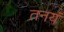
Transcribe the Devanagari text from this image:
तनयं